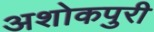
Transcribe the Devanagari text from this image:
अशोकपुरी